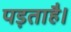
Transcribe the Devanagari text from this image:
पड़ताहै।